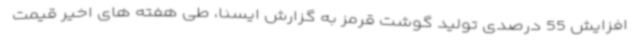
افزایش 55 درصدی تولید گوشت قرمز به گزارش ایسنا، طی هفته های اخیر قیمت